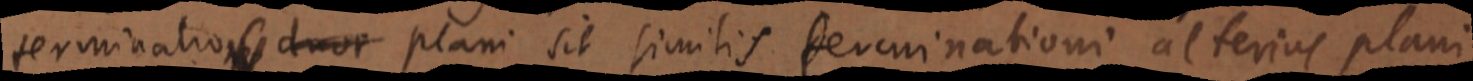
terminatio _ duor plani sit similis terminationi alterius plani